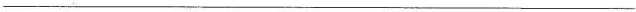
___